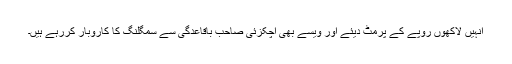
انہیں لاکھوں روپے کے پرمٹ دیئے اور ویسے بھی اچکزئی صاحب باقاعدگی سے سمگلنگ کا کاروبار کررہے ہیں۔